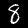
Digit: 8